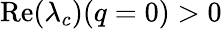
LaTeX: \mathrm{Re}(\lambda_{c})(q=0)>0